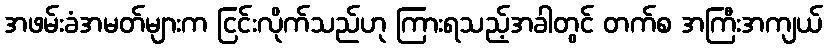
အဖမ်းခံအမတ်များက ငြင်းလိုက်သည်ဟု ကြားရသည့်အခါတွင် တက်စ အကြီးအကျယ်